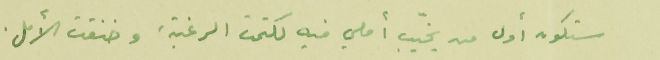
ستكون أول من يخيّب املي فيه لكتمت الرغبة، وخنقت الأمل.